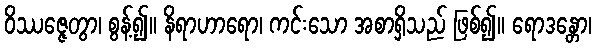
ဝိဿဇ္ဇေတွာ၊ စွန့်၍။ နိရာဟာရော၊ ကင်းသော အစာရှိသည် ဖြစ်၍။ ရောဒန္တော၊